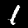
Label: 1